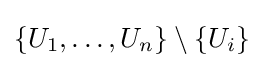
\{U_{1},\ldots ,U_{n}\}\setminus \{U_{i}\}